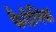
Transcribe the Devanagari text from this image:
फैरोनिक